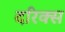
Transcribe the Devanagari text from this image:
दरिक्स